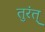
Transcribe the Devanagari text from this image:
तुरंत्